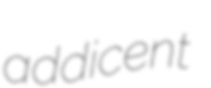
addicent